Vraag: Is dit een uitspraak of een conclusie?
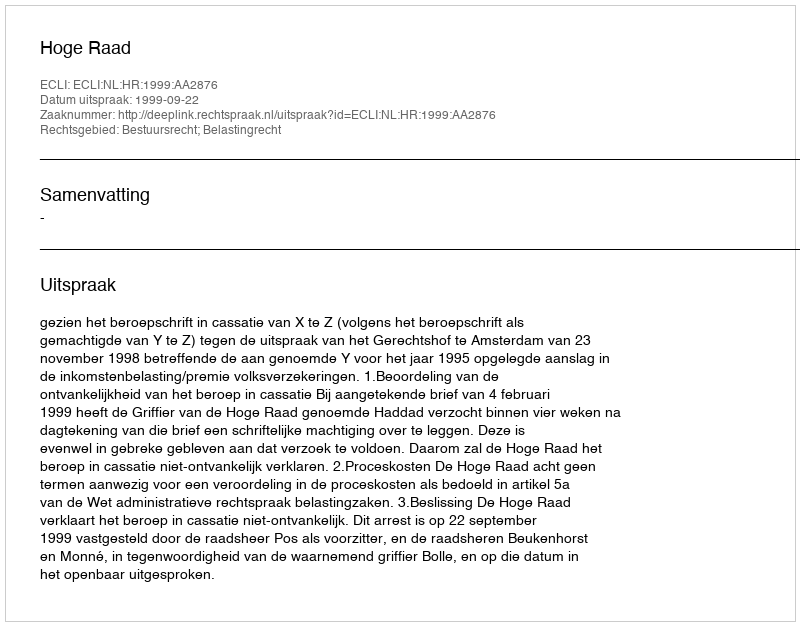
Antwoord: Uitspraak